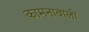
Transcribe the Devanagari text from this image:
कामनावालों